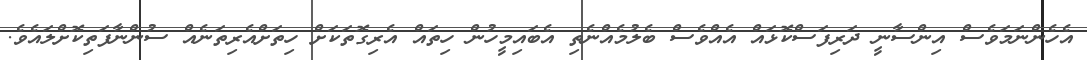
އެހެންނަމަވެސް އިންސާނީ ދަރިފަސްކޮޅައް އެއްވެސް ބެލުމެއްނެތި އެބައިމީހުން ހިތައް އެރިގޮތަކަށް ހިތަށްއެރިތަނެއް ސުންނާފަތިކޮށްލައެވެ.